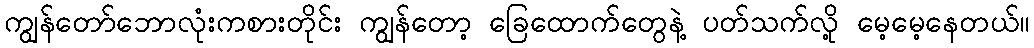
ကျွန်တော်ဘောလုံးကစားတိုင်း ကျွန်တော့ ခြေထောက်တွေနဲ့ ပတ်သက်လို့ မေ့မေ့နေတယ်။